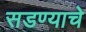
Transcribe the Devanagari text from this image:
सडण्याचे